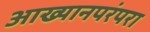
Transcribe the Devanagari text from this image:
आख्यानपरंपरा